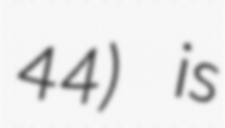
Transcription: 44) is